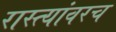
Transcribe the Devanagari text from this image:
रास्त्यांवरच